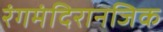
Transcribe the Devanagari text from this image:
रंगमंदिरानजिक